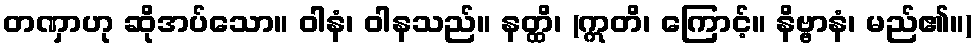
တဏှာဟု ဆိုအပ်သော။ ဝါနံ၊ ဝါနသည်။ နတ္ထိ၊ (ဣတိ၊ ကြောင့်။ နိဗ္ဗာနံ၊ မည်၏။)